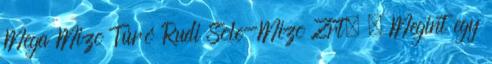
Mega Mizo Túró Rudi Sole-Mizo Zrt. . Megint egy